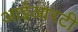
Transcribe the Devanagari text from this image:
आईआरटी